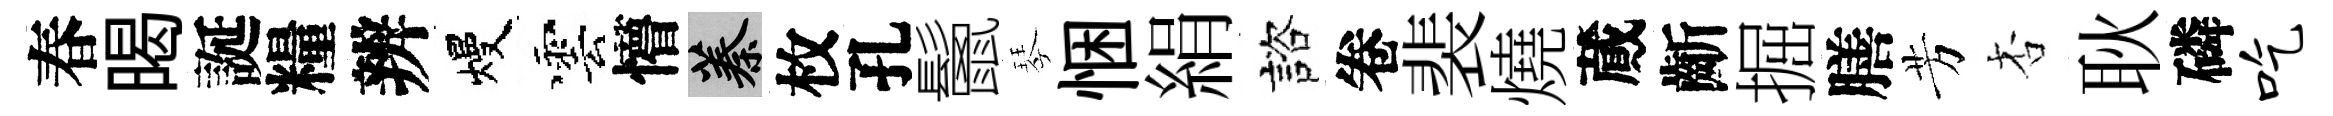
春暍誕糧辨熳雲懵蓁枚孔鬛琴悃絹諮卷裴燒蕆齗掘膳芳杏耿磷吃